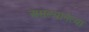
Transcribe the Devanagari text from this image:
असल्यानेत्या